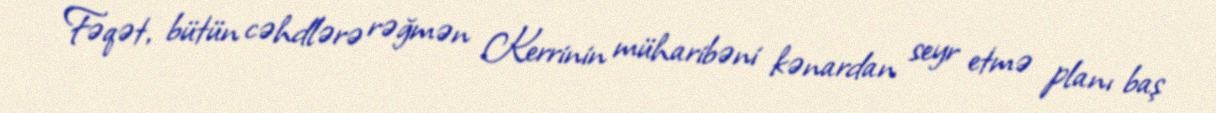
Fəqət, bütün cəhdlərə rəğmən Kerrinin müharibəni kənardan seyr etmə planı baş